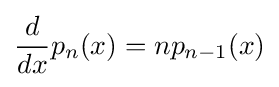
{\frac {d}{dx}}p_{n}(x)=np_{n-1}(x)